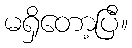
မရှိတော့ပြီ။